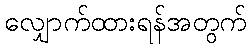
လျှောက်ထားရန်အတွက်